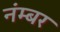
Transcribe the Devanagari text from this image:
नंम्बर